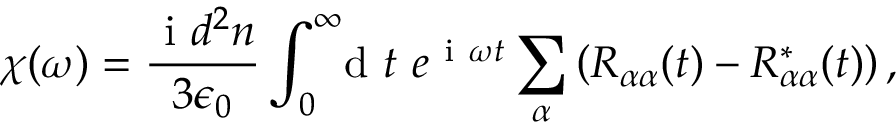
\chi ( \omega ) = \frac { \ensuremath { \mathrm { ~ i ~ } } d ^ { 2 } n } { 3 \epsilon _ { 0 } } \int _ { 0 } ^ { \infty } \! \! \! \ensuremath { \mathrm { ~ d ~ } } t \ e ^ { \ensuremath { \mathrm { ~ i ~ } } \omega t } \sum _ { \alpha } \left( R _ { \alpha \alpha } ( t ) - R _ { \alpha \alpha } ^ { * } ( t ) \right) ,